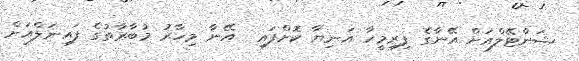
ޝަންޓޭލްއަށް އޭނާގެ ފިރިމީހާ އަނިޔާ ކޮށްފައި  އޭނާ މިހާރު މުބާރާތުގެ ފައިނަލްއަށް